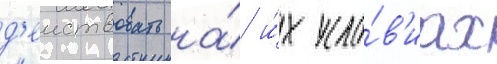
д'еиствовать на́ и́х усло́в'иах